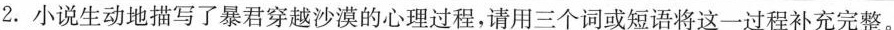
2.小说生动地描写了暴君穿越沙漠的心理过程，请用三个词或短语将这一过程补充完整。